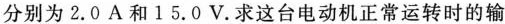
分别为2.0A和15.0V。求这台电动机正常运转时的输